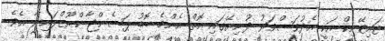
ޓައިޓޭނިކް އަކީ އެދުވަސްވަރު ދުނިޔޭގައި އޮތް އެންމެ ބޮޑު ޕަސެންޖާ ކްރޫޒްލައިނާ އެވެ.